Lunatic asylums in Bengal annual reports 1899-1911 - 1899-1911
Year: 1899
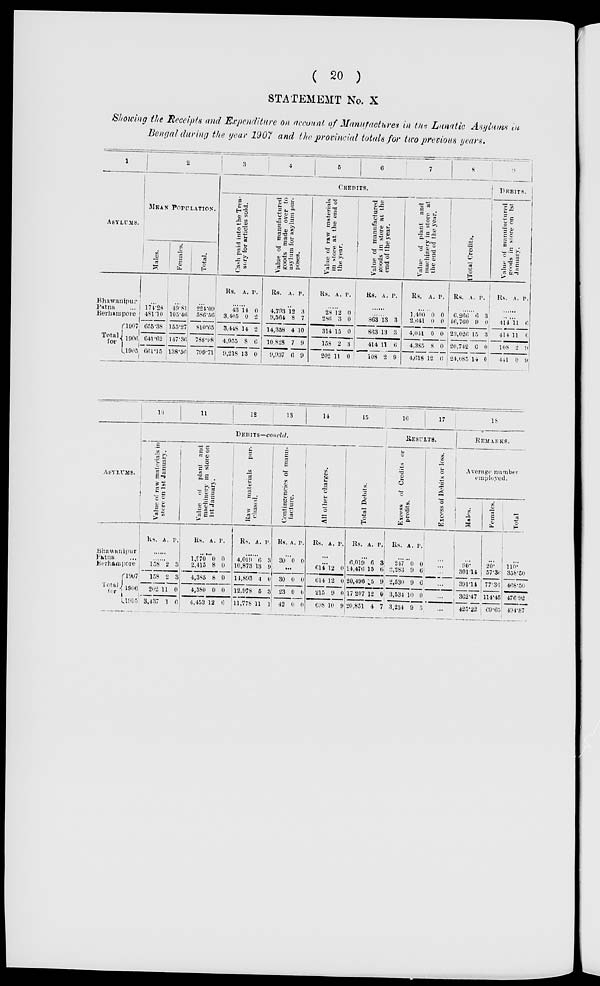
( 20 )
STATEMENT No. X
Showing the Receipts and Expenditure on account of Manufactures in the Lunatic Asylums in
Bengal during the year 1907 and the provincial totals for two previous years.
1
ASYLUMS.
Bhawanipur
Patna ...
Berhampore
Total
for
1907
1906
1905
2
MEAN POPULATION.
Males.
...
174.28
481.10
655.38
641.62
661.15
Females.
...
49. 81
105.46
155.27
147.36
138.56
Total.
...
224.09
586.56
810.65
788.98
799.71
3
4
5
6
7
8
CREDITS.
Cash paid into the Trea-
sury for articles sold.
Rs. A. P.
......
43
3,405
3,448
4,955
9,218
14
0
14
8
13
0
2
2
6
0
Value of manufactured
goods made over to
asylum for asylum pur-
poses.
Rs. A. P.
......
4,793
9,564
14,358
10,828
9,937
12
8
4
7
6
3
7
10
9
9
Value of raw materials
in store at the end of
the year.
Rs. A. P.
......
28
286
314
158
202
12
3
15
2
11
0
0
0
3
0
Value of manufactured
goods in store at the
end of the year.
Rs. A. P.
......
......
863
863
414
108
13
13
11
2
3
3
6
9
Value of plant and
machinery in store at
the end of the year.
Rs. A. P.
......
1,400
2,641
4,041
4,385
4,618
0
0
0
8
12
0 0
0
0
6
Total Credits.
Rs.
A. P.
......
6,266
16,760
23,026
20,742
24,085
6
9
15
6
14
3
0
3
0
0
9
DEBITS.
Value of manufactured
goods in store on 1st
January.
Rs. A. P.
......
......
414
414
108
441
11
11
2
0
6
6
9
9
ASYLUMS.
Bhawanipur
Patna
...
Berhampore
Total
for
1907
1906
1905
10
11
12
13
14
15
DEBITS—concld.
Value of raw materials in
store on 1st January.
Rs. A. P.
......
......
158
158
202
3,437
2
2
11
1
3
3
0
6
Value of plant and
machinery in store on
1st January.
Rs. A. P.
......
1,970
2,415
4,385
4,380
4,453
0
8
8
0
12
0
0
0
0
6
Raw
materials
pur-
chased.
Rs. A. P.
...
4,019
10,873
14,893
12,978
11,778
6
13
4
5
11
8
9
0
3
1
Contingencies of manu-
facture.
Rs. A. P.
...
30 0 0
...
30
23
42
0
0
0
0
0
0
All other charges.
Rs. A. P.
...
...
614
614
215
698
12
12
9
10
0
0
0
9
Total Debits.
Rs. A. P.
...
6,019
14,476
20,496
17,207
20,851
6
15
15
12
4
3
6
9
0
7
16
17
RESULTS.
Excess of Credits or
profits.
Rs. A. P.
.
247
2,283
2,530
3,534
3,234
0
9
9
10
9
0
6
6
0
5
Excess of Debits or loss.
...
...
...
...
...
...
18
REMARKS.
Average number
employed.
Males.
...
90.
301.14
391.14
362.47
425.22
Females.
...
20.
57.36
77.36
114.45
69.65
Total.
...
110.
358.50
468.50
476.92
494.87